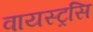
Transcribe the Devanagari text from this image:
वायस्ट्रसि